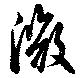
微